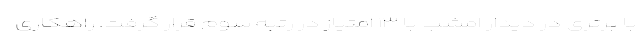
با برتری در دیدار امشب با ۱۳ امتیاز در رتبه سوم قرار گرفت. راهکاری